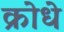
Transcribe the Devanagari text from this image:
क्रोधे